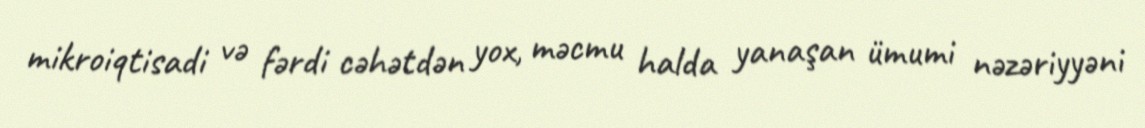
mikroiqtisadi və fərdi cəhətdən yox, məcmu halda yanaşan ümumi nəzəriyyəni